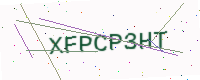
Text: XFPCP3HT